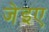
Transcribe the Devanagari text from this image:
जेइए